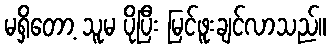
မရှိတော့ သူမ ပိုပြီး မြင်ဖူးချင်လာသည်။